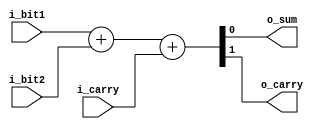
module full_adder (
  input i_bit1,
  input i_bit2,
  input i_carry,
  output o_sum,
  output o_carry);

  assign {o_carry, o_sum} = i_bit1 + i_bit2 + i_carry;
  
endmodule




module carry_lookahead_adder
  #(parameter WIDTH = 32)
  (
   input [WIDTH-1:0] in_a,
   input [WIDTH-1:0] in_b,
   output [WIDTH:0]  out_sum
   );
     
  wire [WIDTH:0]     w_C;
  wire [WIDTH-1:0]   w_G, w_P, w_SUM;
 
  // Create the Full Adders
  genvar             ii;
  generate
    for (ii=0; ii<WIDTH; ii=ii+1) 
      begin
        full_adder full_adder_inst
            ( 
              .i_bit1(in_a[ii]),
              .i_bit2(in_b[ii]),
              .i_carry(w_C[ii]),
              .o_sum(w_SUM[ii]),
              .o_carry()
              );
      end
  endgenerate
 
  // Create the Generate (G) Terms:  Gi=Ai*Bi
  // Create the Propagate Terms: Pi=Ai+Bi
  // Create the Carry Terms:
  genvar             jj;
  generate
    for (jj=0; jj<WIDTH; jj=jj+1) 
      begin
        assign w_G[jj]   = in_a[jj] & in_b[jj];
        assign w_P[jj]   = in_a[jj] | in_b[jj];
        assign w_C[jj+1] = w_G[jj] | (w_P[jj] & w_C[jj]);
      end
  endgenerate
   
  assign w_C[0] = 1'b0; // no carry input on first adder
 
  assign out_sum = {w_C[WIDTH], w_SUM};   // Verilog Concatenation
 
endmodule // carry_lookahead_adder